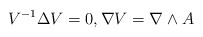
\begin{align*}V^{-1} \Delta V =0, \nabla V = \nabla \wedge A\end{align*}